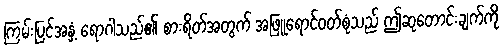
ကြမ်းပြင်အနှံ့ ရောဂါသည်၏ စားရိတ်အတွက် အဖြူရောင်ဝတ်စုံသည် ဤဆုတောင်းချက်ကို